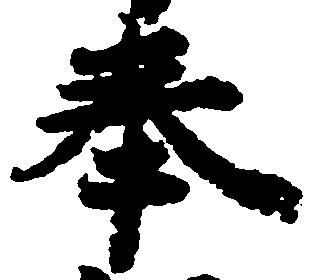
奉